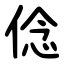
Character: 㑫